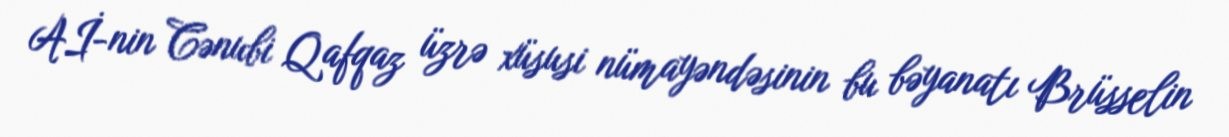
Aİ-nin Cənubi Qafqaz üzrə xüsusi nümayəndəsinin bu bəyanatı Brüsselin